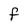
Character: F